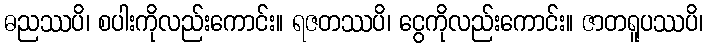
ဓညဿပိ၊ စပါးကိုလည်းကောင်း။ ရဇတဿပိ၊ ငွေကိုလည်းကောင်း။ ဇာတရူပဿပိ၊